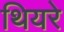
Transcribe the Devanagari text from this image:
थियरे